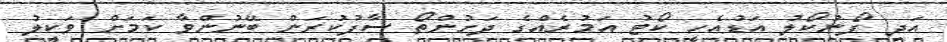
އަދި ފޯނުކޯލު އަޑުއެހީ ކޯޓު އަމުރެއްގެ ދަށުންތޯ ސާފުކުރަން ބޭނުންވާ ކަމަށް ވަކީލު